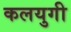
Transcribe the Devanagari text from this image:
कलयुगी